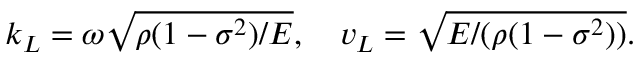
\begin{array} { r } { k _ { L } = \omega \sqrt { \rho ( 1 - \sigma ^ { 2 } ) / E } , \quad v _ { L } = \sqrt { E / ( \rho ( 1 - \sigma ^ { 2 } ) ) } . } \end{array}